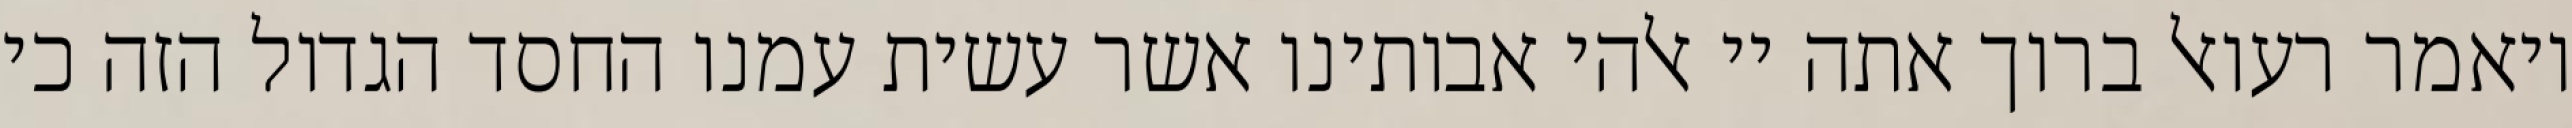
ויאמר רעואל ברוך אתה יי אלהי אבותינו אשר עשית עמנו החסד הגדול הזה כי